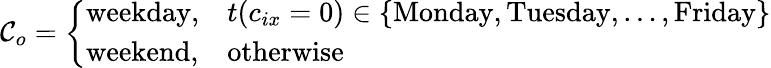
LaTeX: \mathcal{C}_{o}=\left\{ \begin{array}{ll}{\mathrm{weekday},}&{t(c_{ix}=0)\in\{ \mathrm{Monday},\mathrm{Tuesday},\ldots,\mathrm{Friday}\} }\\ {\mathrm{weekend},}&{\mathrm{otherwise}}\end{array}\right.